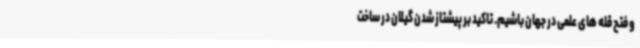
و فتح قله های علمی در جهان باشیم. تاکید بر پیشتاز شدن گیلان در ساخت